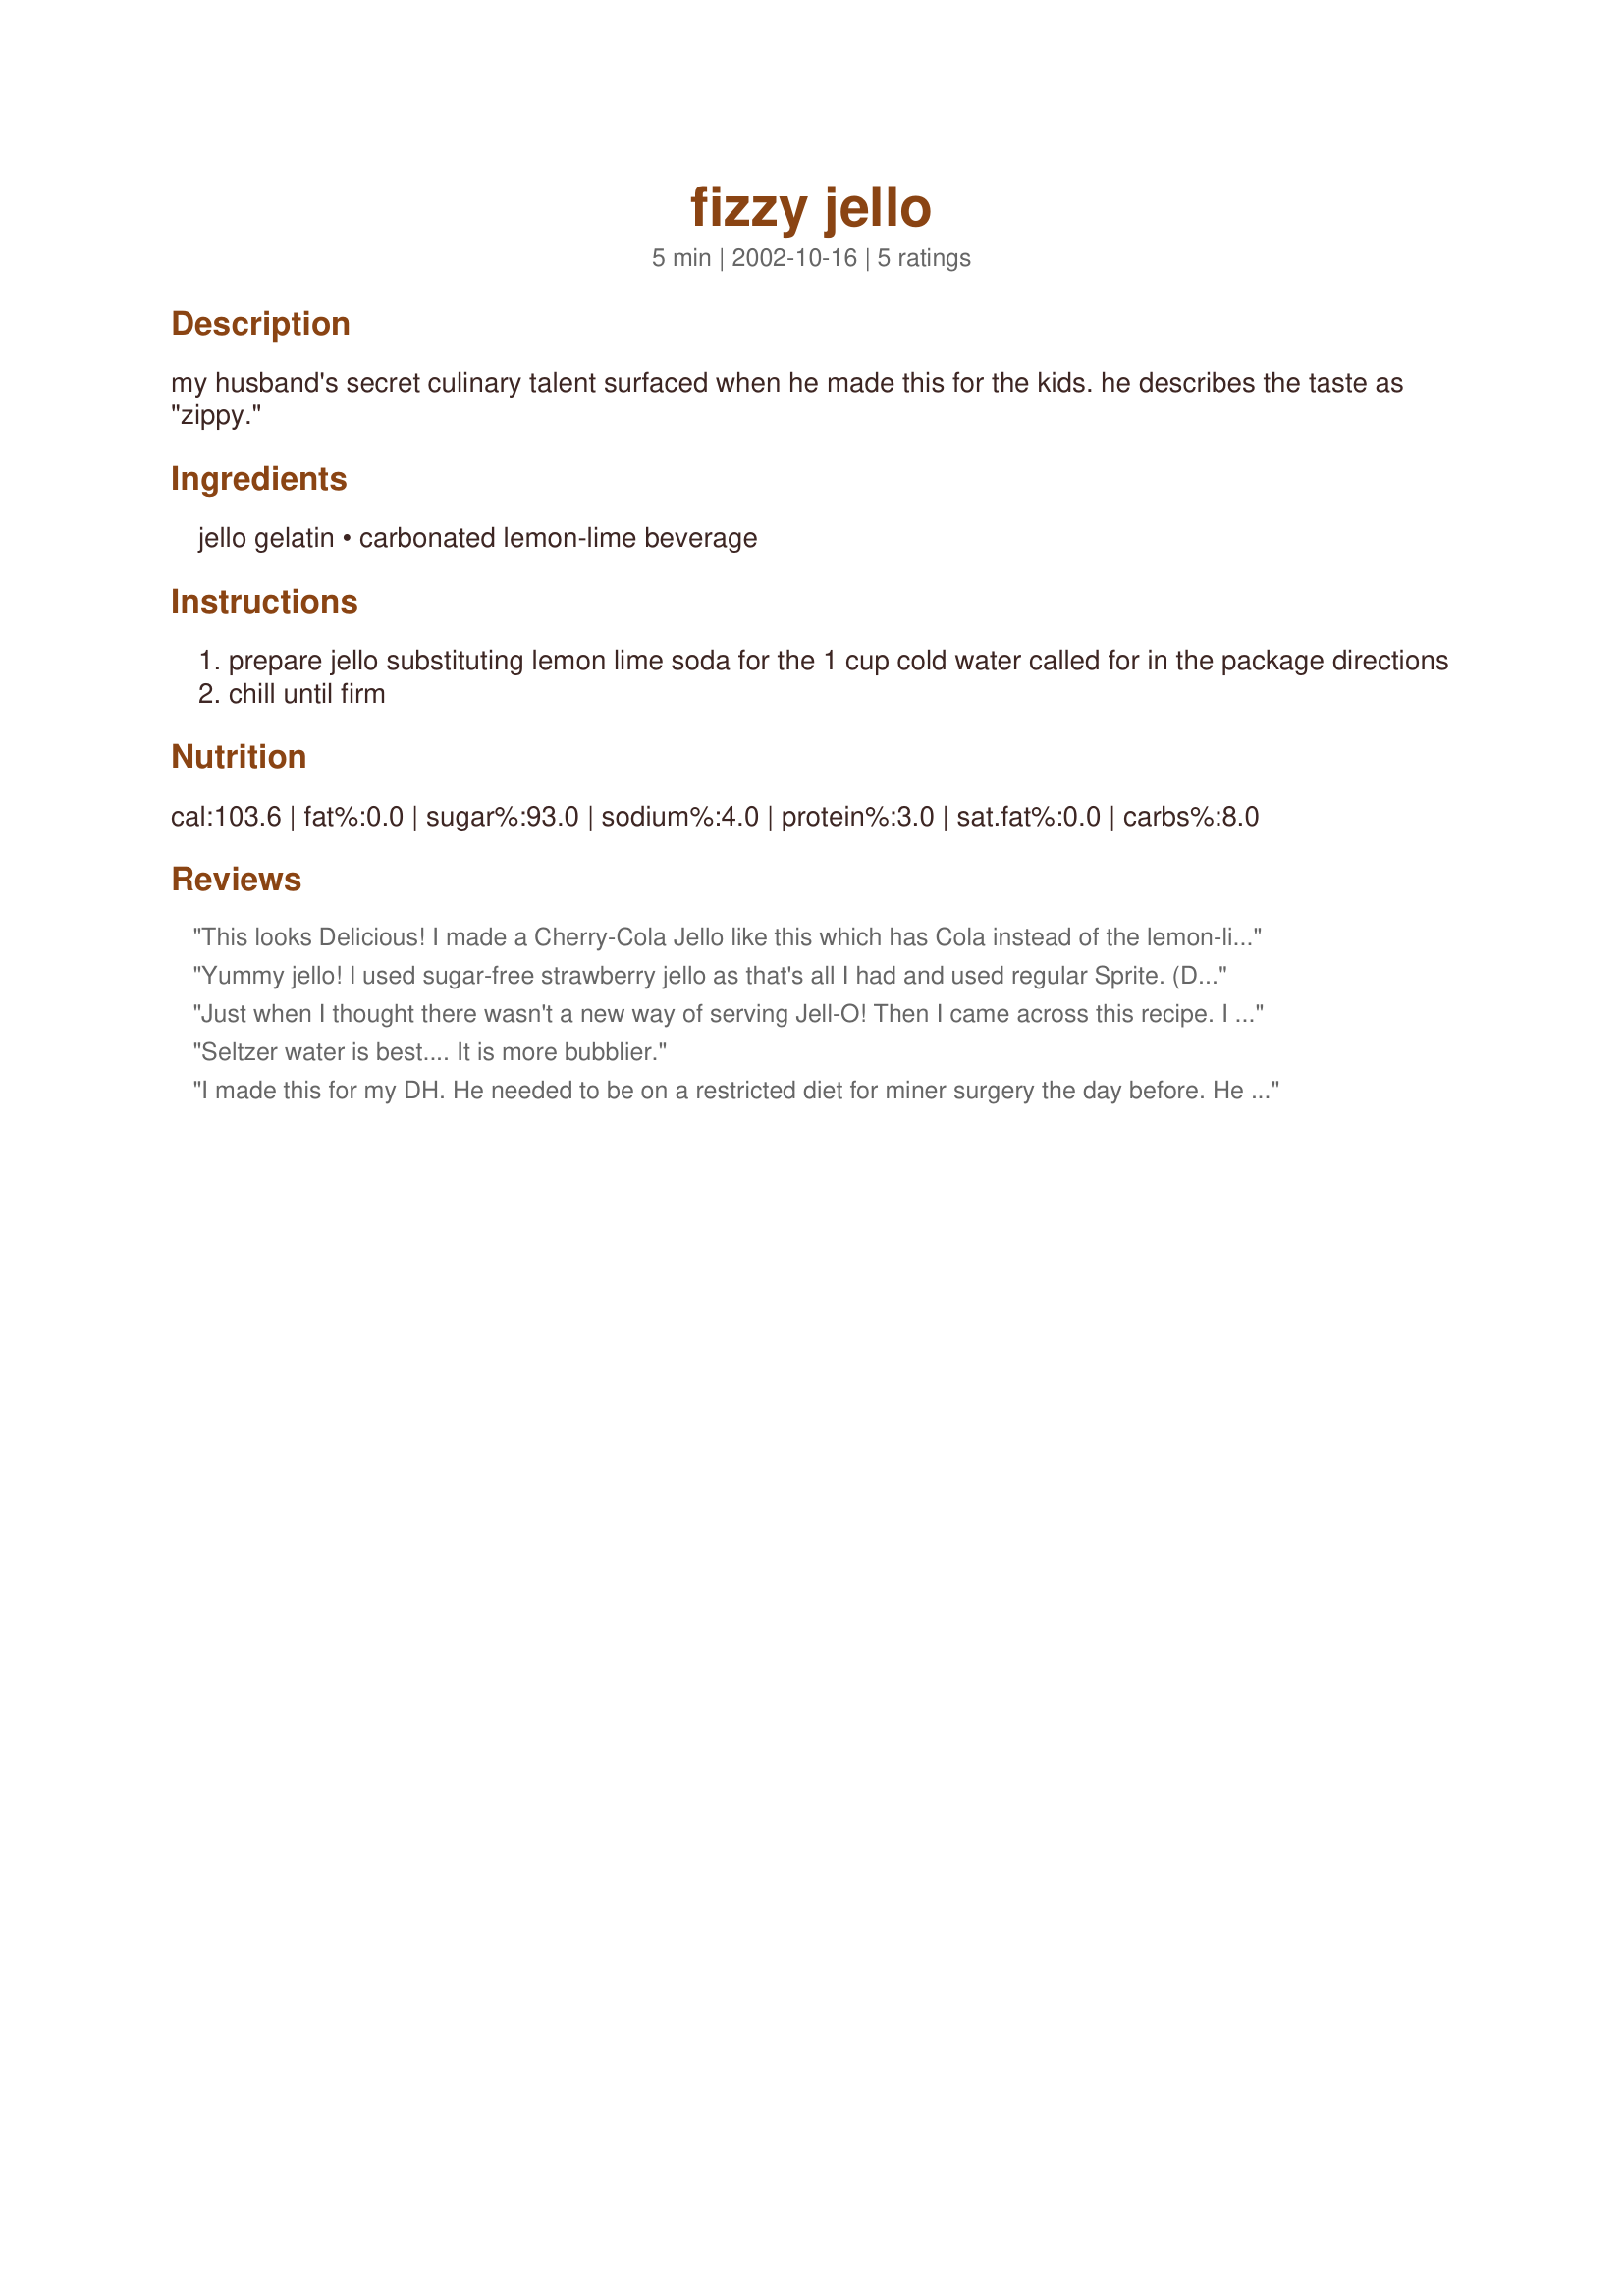
fizzy jello
Preparation time: 5 minutes

my husband's secret culinary talent surfaced when he made this for the kids. he describes the taste as "zippy."

Ingredients:
jello gelatin, carbonated lemon-lime beverage

Steps:
prepare jello substituting lemon lime soda for the 1 cup cold water called for in the package directions
chill until firm

Reviews:
This looks Delicious!
I made a Cherry-Cola Jello like this which has Cola instead of the lemon-lime soda
Yummy jello! I used sugar-free strawberry jello as that's all I had and used regular Sprite. (Don't usually have regular sprite around, so trying to find a way to use it up!) This was tasty to bring for lunch. Made for Zaar Chef Alphabet Soup Game.
Just when I thought there wasn't a new way of serving Jell-O! Then I came across this recipe. I used pineapple-flavored jello and diet soda (as I didn't want it too sweet), and my kids positively loved this for an afternoon snack. Thanks for posting such a fun and creative way of making Jello-O, HMS. Made for 2009 Spring Pick-A-Chef.
Seltzer water is best.... It is more bubblier.
 I made this for my DH. He needed to be on a restricted diet for miner surgery the day before. He said it was good. I didn`t tell him how it was made and He did notice the fizz in the jello. I think this gave him a sense of having more. --
